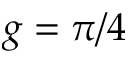
g = \pi / 4